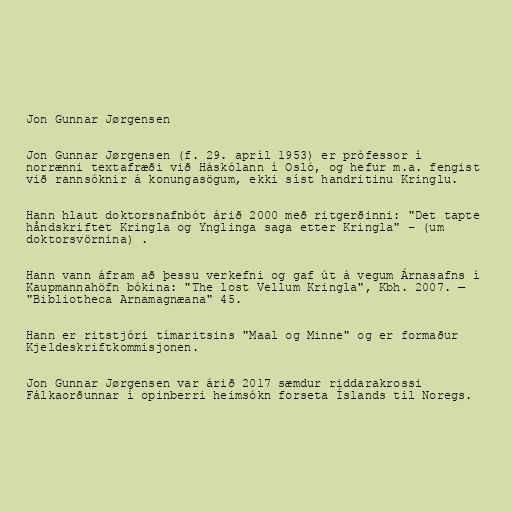
Jon Gunnar Jørgensen

Jon Gunnar Jørgensen (f. 29. apríl 1953) er prófessor í
norrænni textafræði við Háskólann í Osló, og hefur m.a. fengist
við rannsóknir á konungasögum, ekki síst handritinu Kringlu.

Hann hlaut doktorsnafnbót árið 2000 með ritgerðinni: "Det tapte
håndskriftet Kringla og Ynglinga saga etter Kringla" – (um
doktorsvörnina) .

Hann vann áfram að þessu verkefni og gaf út á vegum Árnasafns í
Kaupmannahöfn bókina: "The lost Vellum Kringla", Kbh. 2007. —
"Bibliotheca Arnamagnæana" 45.

Hann er ritstjóri tímaritsins "Maal og Minne" og er formaður
Kjeldeskriftkommisjonen.

Jon Gunnar Jørgensen var árið 2017 sæmdur riddarakrossi
Fálkaorðunnar í opinberri heimsókn forseta Íslands til Noregs.